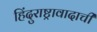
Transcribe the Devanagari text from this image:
हिंदुराष्ट्रावादाची